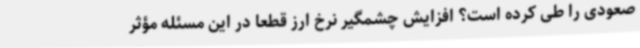
صعودی را طی کرده است؟ افزایش چشمگیر نرخ ارز قطعا در این مسئله مؤثر